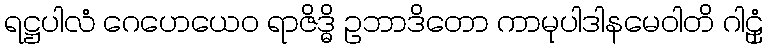
ရဋ္ဌပါလံ ဂေဟေယေဝ ရာဇိဒ္ဓိ ဥဘာဒိတော ကာမုပါဒါနမေဝါတိ ဂါဠှံ